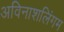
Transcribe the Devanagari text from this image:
अविनाशलिंगम